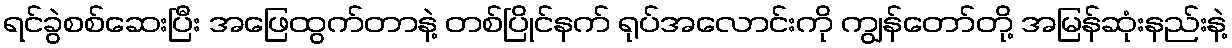
ရင်ခွဲစစ်ဆေးပြီး အဖြေထွက်တာနဲ့ တစ်ပြိုင်နက် ရုပ်အလောင်းကို ကျွန်တော်တို့ အမြန်ဆုံးနည်းနဲ့